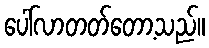
ပေါ်လာတတ်တော့သည်။